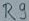
Text: R9